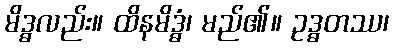
မိဒ္ဓလည်း။ ထိနမိဒ္ဓံ၊ မည်၏။ ဥဒ္ဓတဿ၊